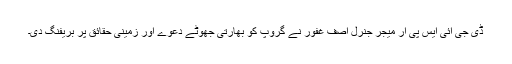
ڈی جی آئی ایس پی آر میجر جنرل آصف غفور نے گروپ کو بھارتی جھوٹے دعوے اور زمینی حقائق پر بریفنگ دی۔